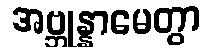
အဗ္ဘုန္နာမေတွာ